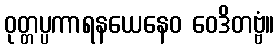
ဝုတ္တပ္ပကာရနယေနေဝ ဝေဒိတဗ္ဗံ။